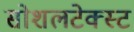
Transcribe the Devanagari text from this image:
सोशलटेक्स्ट